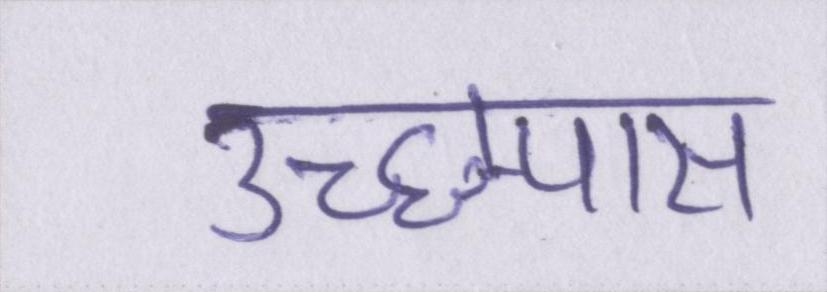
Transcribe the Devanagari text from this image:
उच्छ्वास